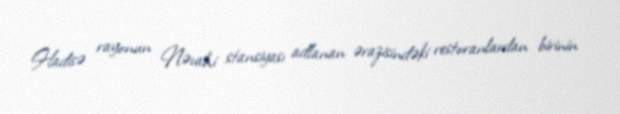
Hadisə rayonun Nəvahi stansiyası adlanan ərazisindəki restoranlardan birinin